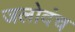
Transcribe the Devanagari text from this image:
जलोदंच